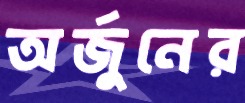
অর্জুনের